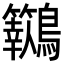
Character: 𪈓